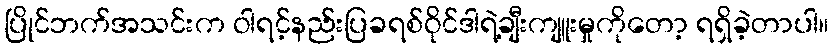
ပြိုင်ဘက်အသင်းက ဝါရင့်နည်းပြခရစ်ဝိုင်ဒါရဲ့ချီးကျူးမှုကိုတော့ ရရှိခဲ့တာပါ။